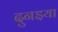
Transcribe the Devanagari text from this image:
दुनइया